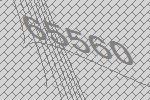
65560